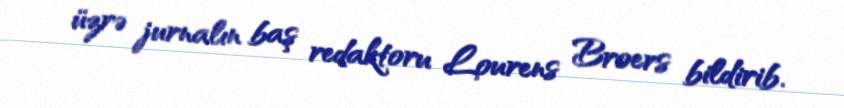
üzrə jurnalın baş redaktoru Lourens Broers bildirib.